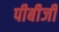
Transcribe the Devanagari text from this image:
पीबीजी